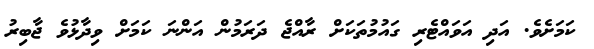
ކަމަށެވެ. އަދި އަވައްޓެރި ގައުމުތަކަށް ރާއްޖެ ދަރަމުން އަންނަ ކަމަށް ވިދާޅުވެ ޖާބިރު